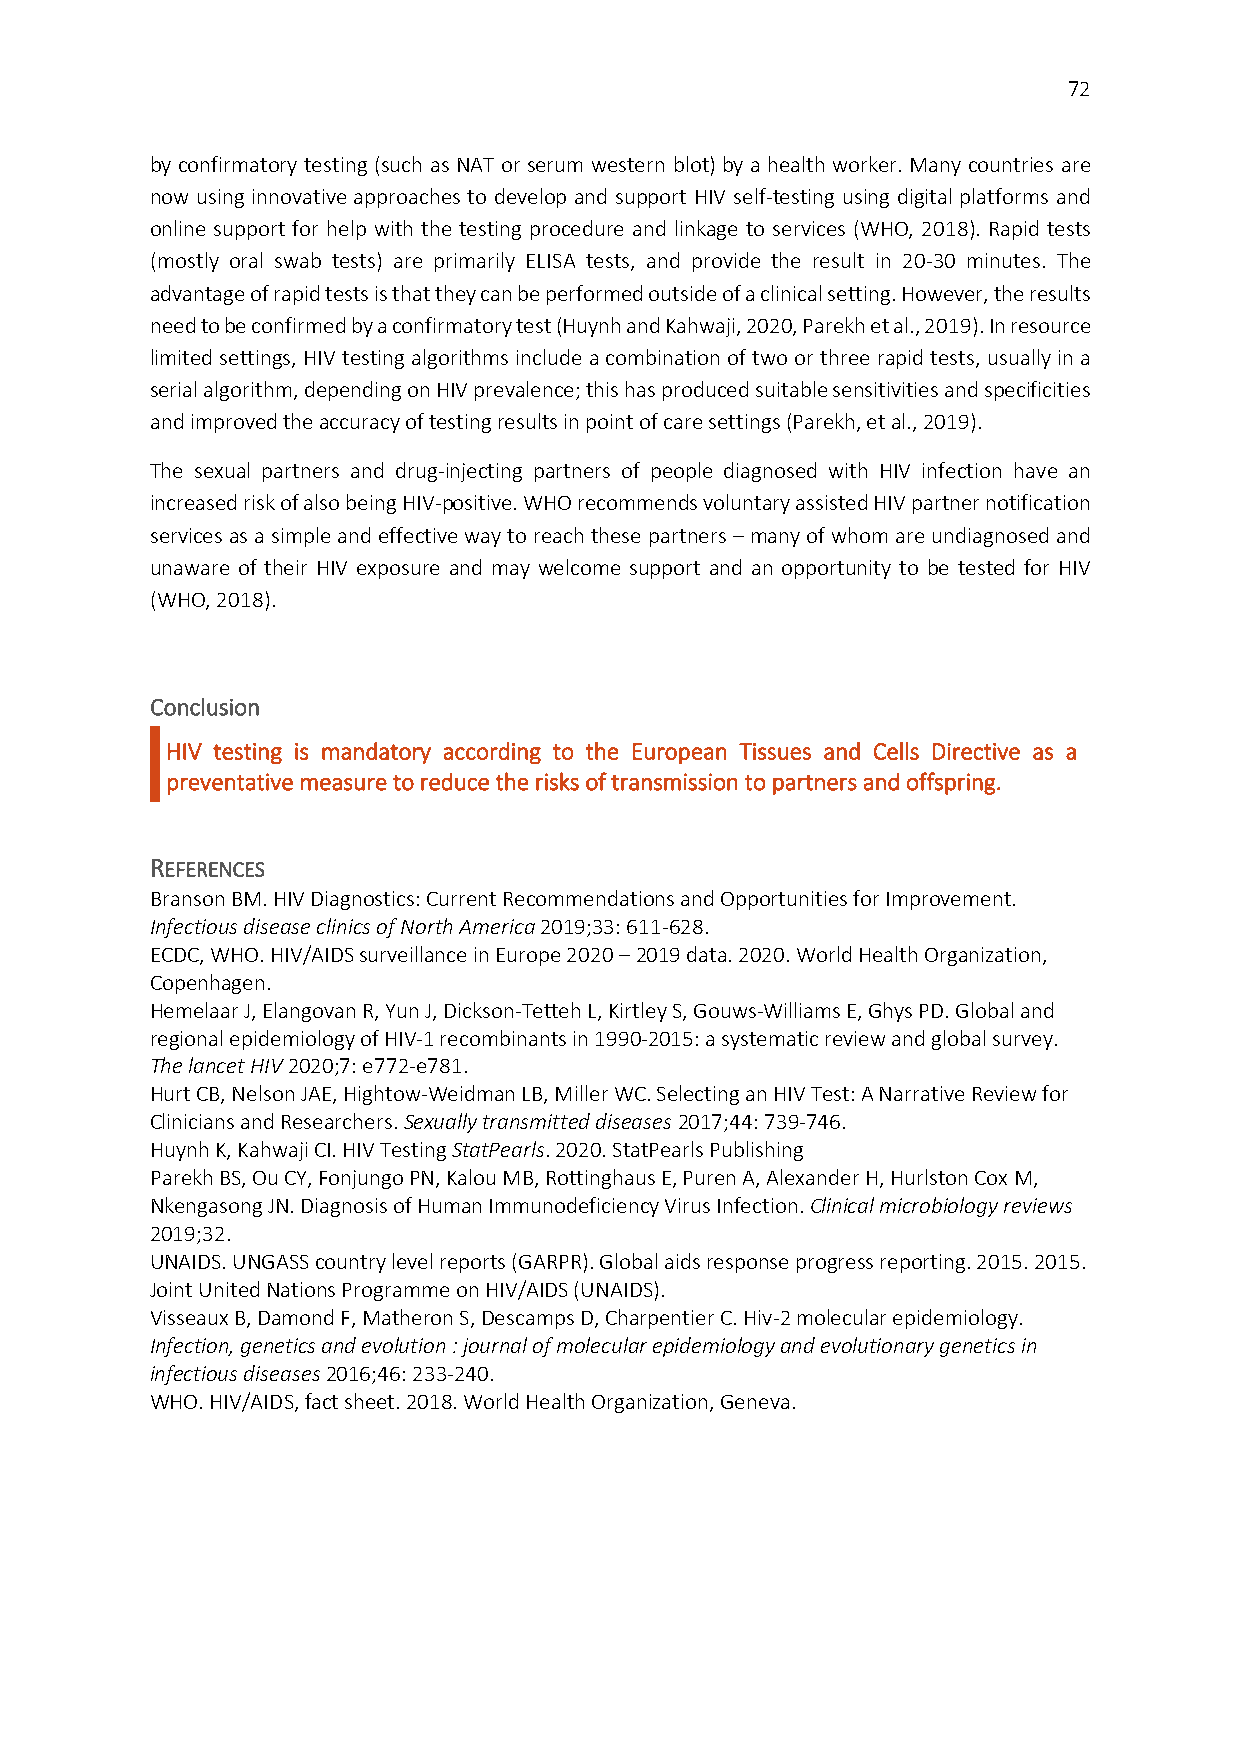
72
 by confirmatory testing (such as NAT or serum western blot) by a health worker. Many countries are
 now using innovative approaches to develop and support HIV self-testing using digital platforms and
 online support for help with the testing procedure and linkage to services (WHO, 2018). Rapid tests
 (mostly oral swab tests) are primarily ELISA tests, and provide the result in 20-30 minutes. The
 advantage of rapid tests is that they can be performed outside of a clinical setting. However, the results
 need to be confirmed by a confirmatory test (Huynh and Kahwaji, 2020, Parekh et al., 2019). In resource
 limited settings, HIV testing algorithms include a combination of two or three rapid tests, usually in a
 serial algorithm, depending on HIV prevalence; this has produced suitable sensitivities and specificities
 and improved the accuracy of testing results in point of care settings (Parekh, et al., 2019).
 The sexual partners and drug-injecting partners of people diagnosed with HIV infection have an
 increased risk of also being HIV-positive. WHO recommends voluntary assisted HIV partner notification
 services as a simple and effective way to reach these partners – many of whom are undiagnosed and
 unaware of their HIV exposure and may welcome support and an opportunity to be tested for HIV
 (WHO, 2018).
 Conclusion
 HIV testing is mandatory according to the European Tissues and Cells Directive as a
 preventative measure to reduce the risks of transmission to partners and offspring.
 REFERENCES
 Branson BM. HIV Diagnostics: Current Recommendations and Opportunities for Improvement.
 Infectious disease clinics of North America 2019;33: 611-628.
 ECDC, WHO. HIV/AIDS surveillance in Europe 2020 – 2019 data. 2020. World Health Organization,
 Copenhagen.
 Hemelaar J, Elangovan R, Yun J, Dickson-Tetteh L, Kirtley S, Gouws-Williams E, Ghys PD. Global and
 regional epidemiology of HIV-1 recombinants in 1990-2015: a systematic review and global survey.
 The lancet HIV 2020;7: e772-e781.
 Hurt CB, Nelson JAE, Hightow-Weidman LB, Miller WC. Selecting an HIV Test: A Narrative Review for
 Clinicians and Researchers. Sexually transmitted diseases 2017;44: 739-746.
 Huynh K, Kahwaji CI. HIV Testing StatPearls. 2020. StatPearls Publishing
 Parekh BS, Ou CY, Fonjungo PN, Kalou MB, Rottinghaus E, Puren A, Alexander H, Hurlston Cox M,
 Nkengasong JN. Diagnosis of Human Immunodeficiency Virus Infection. Clinical microbiology reviews
 2019;32.
 UNAIDS. UNGASS country level reports (GARPR). Global aids response progress reporting. 2015. 2015.
 Joint United Nations Programme on HIV/AIDS (UNAIDS).
 Visseaux B, Damond F, Matheron S, Descamps D, Charpentier C. Hiv-2 molecular epidemiology.
 Infection, genetics and evolution : journal of molecular epidemiology and evolutionary genetics in
 infectious diseases 2016;46: 233-240.
 WHO. HIV/AIDS, fact sheet. 2018. World Health Organization, Geneva.